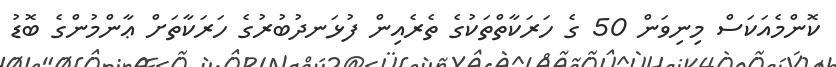
ކޮންމެއަކަސް މިނިވަން 50 ގެ ހަރަކާތްތަކުގެ ތެރެއިން ފުޅަނދުބުރުގެ ހަރަކާތަށް ޢާންމުންގެ ބޮޑު